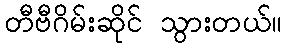
တီဗီဂိမ်းဆိုင် သွားတယ်။